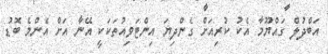
އަބްދުލް ގައްޔޫމާ އެކު ކުރިއަށް ގެންދިޔަ އިންޓަވިއުތަކަކީ އޭނާ އަށް އެންމެ ބޮޑު